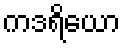
ကဒရိယော